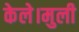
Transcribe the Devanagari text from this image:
केले।मुली